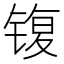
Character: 𰾟